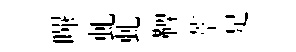
嗶虬虬鞞萃足